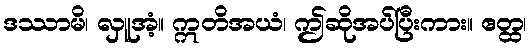
ဒဿာမိ၊ လှူအံ့။ ဣတိအယံ၊ ဤဆိုအပ်ပြီးကား။ ဧတ္ထ၊